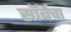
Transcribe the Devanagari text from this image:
सॉर्बेचा